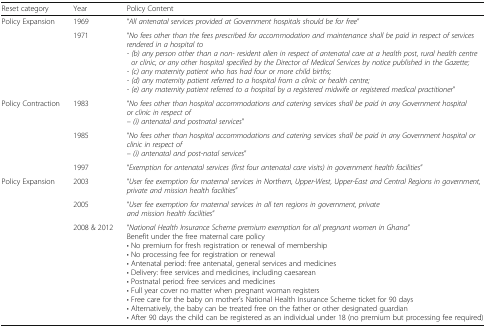
| Reset category | Year | Policy Content |
 | --- | --- | --- |
 | <ROWSPAN=2> Policy Expansion | 1969 | “All antenatal services provided at Government hospitals should be for free” |
 | 1971 | “No fees other than the fees prescribed for accommodation and maintenance shall be paid in respect of services rendered in a hospital to- (b) any person other than a non- resident alien in respect of antenatal care at a health post, rural health centre or clinic, or any other hospital specified by the Director of Medical Services by notice published in the Gazette;- (c) any maternity patient who has had four or more child births;- (d) any maternity patient referred to a hospital from a clinic or health centre;- (e) any maternity patient referred to a hospital by a registered midwife or registered medical practitioner” |
 | <ROWSPAN=3> Policy Contraction | 1983 | “No fees other than hospital accommodations and catering services shall be paid in any Government hospital or clinic in respect of– (i) antenatal and postnatal services” |
 | 1985 | “No fees other than hospital accommodations and catering services shall be paid in any Government hospital or clinic in respect of– (i) antenatal and post-natal services” |
 | 1997 | “Exemption for antenatal services (first four antenatal care visits) in government health facilities” |
 | <ROWSPAN=3> Policy Expansion | 2003 | “User fee exemption for maternal services in Northern, Upper-West, Upper-East and Central Regions in government, private and mission health facilities” |
 | 2005 | “User fee exemption for maternal services in all ten regions in government, private and mission health facilities” |
 | 2008 & 2012 | “National Health Insurance Scheme premium exemption for all pregnant women in Ghana”Benefit under the free maternal care policy• No premium for fresh registration or renewal of membership• No processing fee for registration or renewal• Antenatal period: free antenatal, general services and medicines• Delivery: free services and medicines, including caesarean• Postnatal period: free services and medicines• Full year cover no matter when pregnant woman registers• Free care for the baby on mother’s National Health Insurance Scheme ticket for 90 days• Alternatively, the baby can be treated free on the father or other designated guardian• After 90 days the child can be registered as an individual under 18 (no premium but processing fee required) |